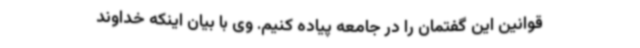
قوانین این گفتمان را در جامعه پیاده کنیم. وی با بیان اینکه خداوند